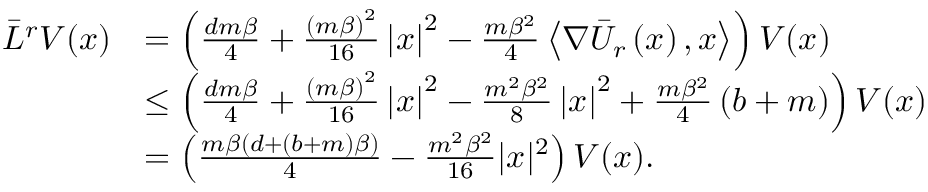
\begin{array} { r l } { \Bar { L } ^ { r } V ( x ) } & { = \left( \frac { d m \beta } { 4 } + \frac { \left( m \beta \right) ^ { 2 } } { 1 6 } \left| x \right| ^ { 2 } - \frac { m \beta ^ { 2 } } { 4 } \left\langle \nabla \Bar { U } _ { r } \left( x \right) , x \right\rangle \right) V ( x ) } \\ & { \le \left( \frac { d m \beta } { 4 } + \frac { \left( m \beta \right) ^ { 2 } } { 1 6 } \left| x \right| ^ { 2 } - \frac { m ^ { 2 } \beta ^ { 2 } } { 8 } \left| x \right| ^ { 2 } + \frac { m \beta ^ { 2 } } { 4 } \left( b + m \right) \right) V ( x ) } \\ & { = \left( \frac { m \beta \left( d + \left( b + m \right) \beta \right) } { 4 } - \frac { m ^ { 2 } \beta ^ { 2 } } { 1 6 } | x | ^ { 2 } \right) V ( x ) . } \end{array}